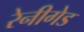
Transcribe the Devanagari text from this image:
रेनीगेड